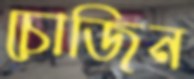
চোজিন